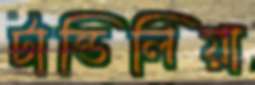
টান্ডিলিয়া